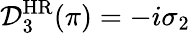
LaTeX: \mathcal{D}_{3}^{\mathrm{HR}}(\pi)=-i\sigma_{2}